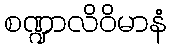
စဏ္ဍာလိဝိမာနံ